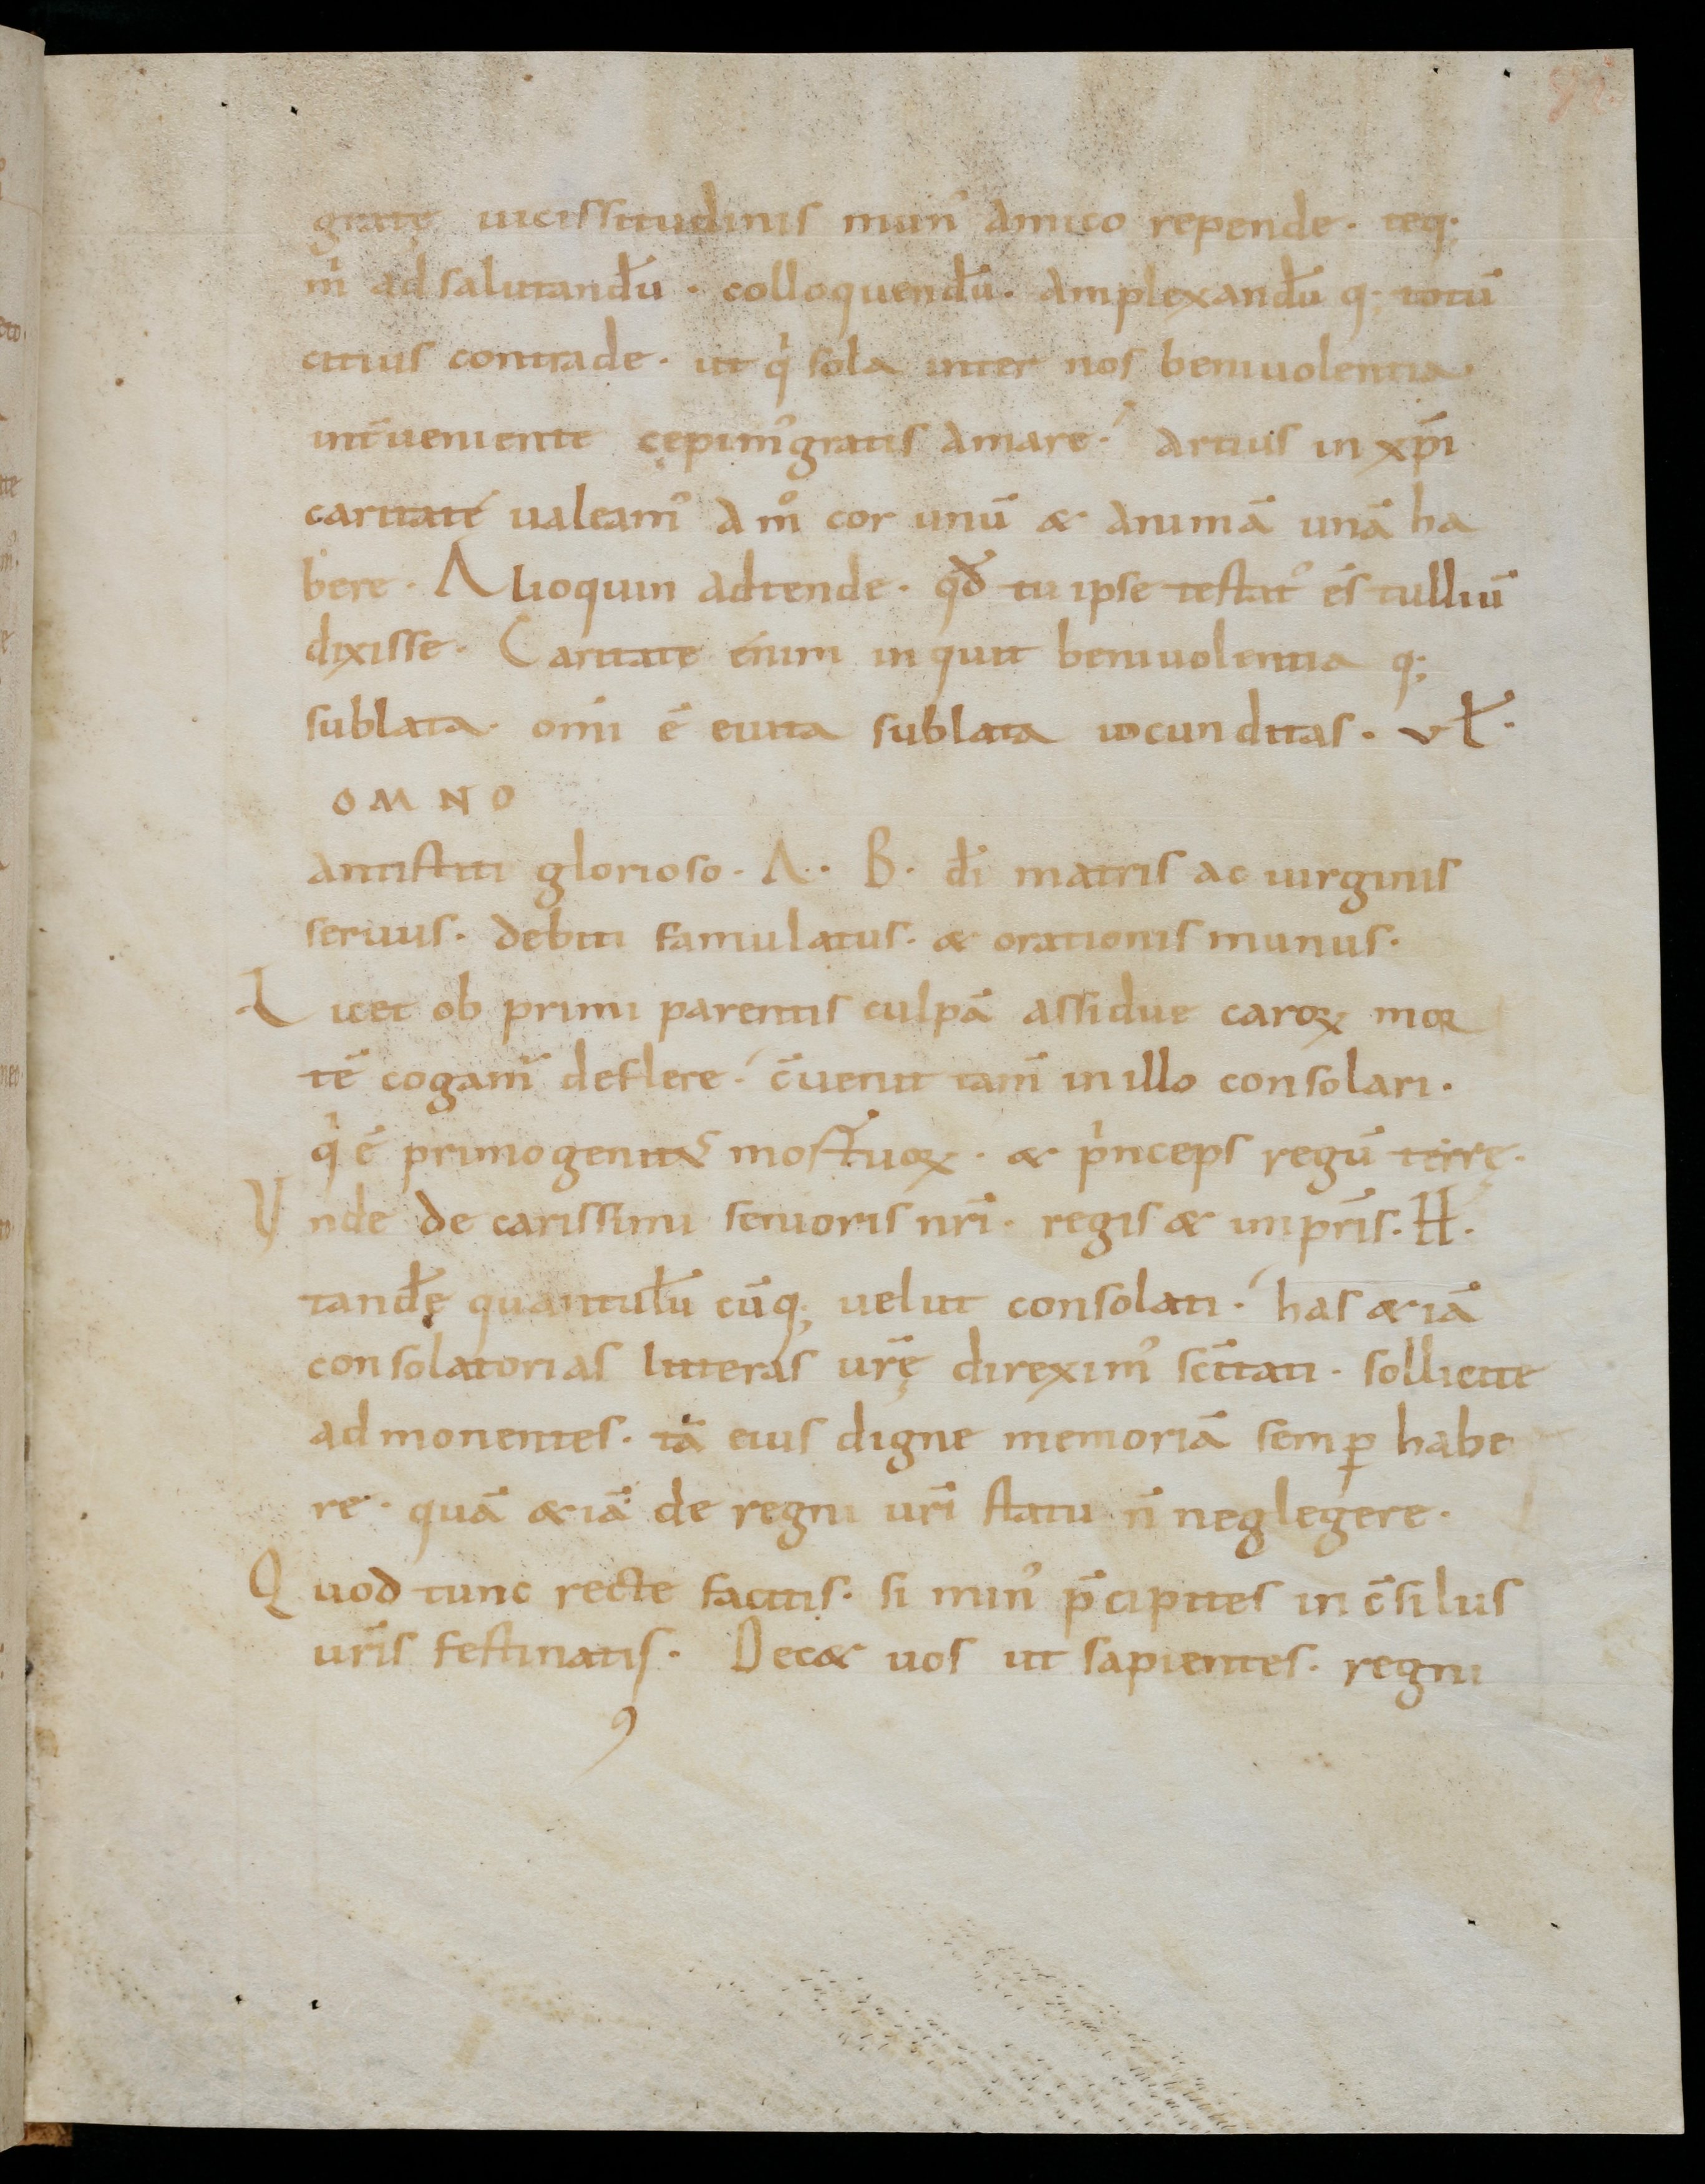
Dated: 1000–1099